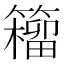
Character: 籕